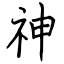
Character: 神